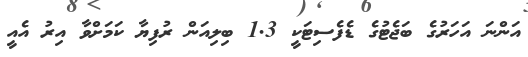
އަންނަ އަހަރުގެ ބަޖެޓުގެ ޑެފެސިޓަކީ 1.3 ބިލިއަން ރުފިޔާ ކަމަށްވާ އިރު އެއީ